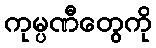
ကုမ္ပဏီတွေကို